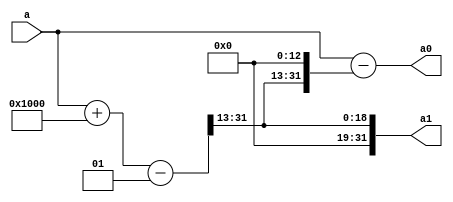
// In the name of Allah


module power2round(
    input signed [31:0] a,
    output signed [31:0] a0,
    output signed [31:0] a1
    );

    localparam D = 13;

    assign a1 = (a + (1 << (D-1)) - 1) >> D;
    assign a0 = a - (a1 << D);

endmodule